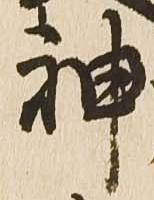
神